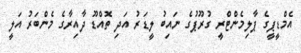
އެމްޑީޕީގެ ޕާލިމެންޓްރީ ގުރޫޕުގެ ނައިބު ލީޑަރު އަދި ތޮއްޑޫ ދާއިރާގެ މެންބަރު އަލީ